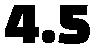
4.5